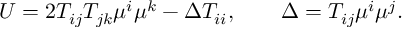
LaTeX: U = 2 T _ { i j } T _ { j k } \mu ^ { i } \mu ^ { k } - \Delta T _ { i i } , \qquad \Delta = T _ { i j } \mu ^ { i } \mu ^ { j } .